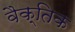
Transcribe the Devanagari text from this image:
वैक्तिक